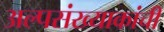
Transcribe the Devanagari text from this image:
अल्पसंख्याकांची